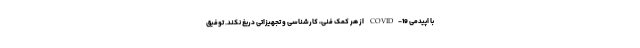
با اپیدمی COVID-19 از هر کمک فنی، کارشناسی و تجهیزاتی دریغ نکند. توفیق